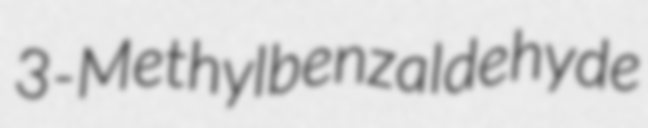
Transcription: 3-Methylbenzaldehyde